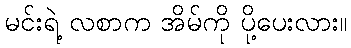
မင်းရဲ့ လစာက အိမ်ကို ပို့ပေးလား။